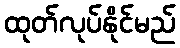
ထုတ်လုပ်နိုင်မည်